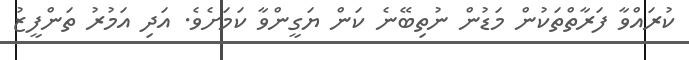
ކުރައްވާ ފަރާތްތަކުން މަޑުން ނުތިބޭނެ ކަން ޔަގީންވާ ކަމަށެވެ. އަދި އަމުރު ތަންފީޒު